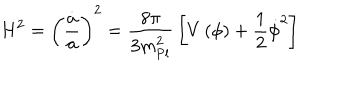
LaTeX: H ^ { 2 } = \left( { \frac { \dot { a } } { a } } \right) ^ { 2 } = { \frac { 8 \pi } { 3 m _ { \mathrm { P l } } ^ { 2 } } } \left[ V \left( \phi \right) + { \frac { 1 } { 2 } } \dot { \phi } ^ { 2 } \right]